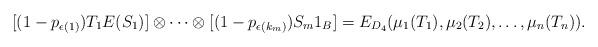
LaTeX: \begin{align*}[(1-p_{\epsilon(1)})T_1E(S_1)] \otimes \cdots \otimes [(1-p_{\epsilon(k_{m})}) S_m1_B] = E_{D_4}(\mu_1(T_1), \mu_2(T_2),\ldots, \mu_n(T_n)).\end{align*}